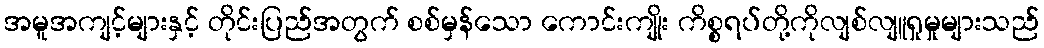
အမူအကျင့်များနှင့် တိုင်းပြည်အတွက် စစ်မှန်သော ကောင်းကျိုး ကိစ္စရပ်တို့ကိုလျစ်လျူရှုမှုများသည်